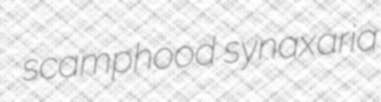
scamphood synaxaria